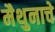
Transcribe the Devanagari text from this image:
मैथुनाचे